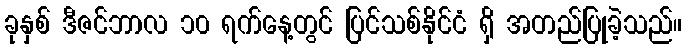
ခုနှစ် ဒီဇင်ဘာလ ၁၀ ရက်နေ့တွင် ပြင်သစ်နိုင်ငံ ရှိ အတည်ပြုခဲ့သည်။